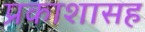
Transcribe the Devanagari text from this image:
प्रकाशासह